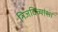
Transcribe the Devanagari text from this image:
निजदिव्यांशा